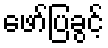
ဖော်ပြခွင့်